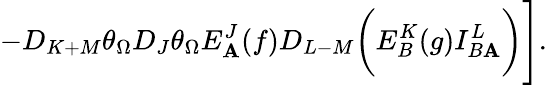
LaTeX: -D_{K+M}\theta_{\Omega}D_{J}\theta_{\Omega}E_{\mathbf{A}}^{J}(f)D_{L-M}\biggl(E_{B}^{K}(g)I_{B\mathbf{A}}^{L}\biggr)\Biggr].